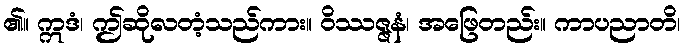
၏။ ဣဒံ၊ ဤဆိုလတံ့သည်ကား။ ဝိဿဇ္ဇနံ၊ အဖြေတည်း။ ကာပညာတိ၊